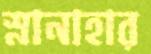
স্নানাহার